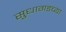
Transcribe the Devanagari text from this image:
सुधागडच्या